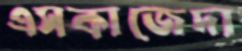
এসকাজেদা